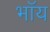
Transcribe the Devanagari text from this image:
भॉय